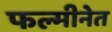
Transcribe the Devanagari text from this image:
फल्मीनेत